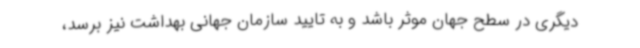
دیگری در سطح جهان موثر باشد و به تایید سازمان جهانی بهداشت نیز برسد،